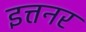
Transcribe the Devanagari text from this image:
इत्तनर